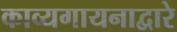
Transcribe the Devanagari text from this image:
काव्यगायनाद्वारे